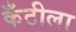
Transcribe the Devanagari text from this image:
कँटीला